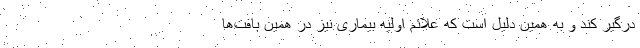
درگیر کند و به همین دلیل است که علائم اولیه بیماری نیز در همین بافت‌ها